Vaccination in Bombay 1869-1873 - 1869-1873
Year: 1869
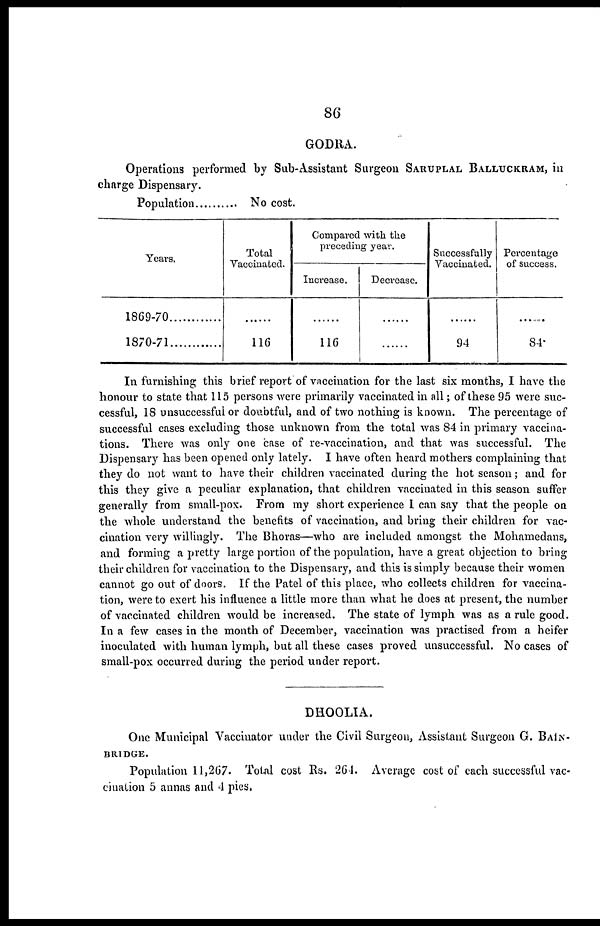
86
GODRA.
Operations performed by Sub-Assistant Surgeon SARUPLAL BALLUCKRAM, in
charge Dispensary.
Population
No cost.
Years.
1869-70
1870-71
Total
"Vaccinated.
......
116
Compared with the
preceding year.
Increase.
......
116
Decrease.
......
......
Successfully
Vaccinated.
......
94
Percentage
of success.
......
84.
In furnishing this brief report of vaccination for the last six months, I have the
honour to state that 115 persons were primarily vaccinated in all; of these 95 were suc-
cessful, 18 unsuccessful or doubtful, and of two nothing is known. The percentage of
successful cases excluding those unknown from the total was 84 in primary vaccina-
tions. There was only one case of re-vaccination, and that was successful. The
Dispensary has been opened only lately. I have often heard mothers complaining that
they do not want to have their children vaccinated during the hot season; and for
this they give a peculiar explanation, that children vaccinated in this season suffer
generally from small-pox. From my short experience I can say that the people on
the whole understand the benefits of vaccination, and bring their children for vac-
cination very willingly. The Bhoras—who are included amongst the Mohamedans,
and forming a pretty large portion of the population, have a great objection to bring
their children for vaccination to the Dispensary, and this is simply because their women
cannot go out of doors. If the Patel of this place, who collects children for vaccina-
tion, were to exert his influence a little more than what he does at present, the number
of vaccinated children would be increased. The state of lymph was as a rule good.
In a few cases in the month of December, vaccination was practised from a heifer
inoculated with human lymph, but all these cases proved unsuccessful. No cases of
small-pox occurred during the period under report.
DHOOLIA.
One Municipal Vaccinator under the Civil Surgeon, Assistant Surgeon G. BAIN-
BRIDGE.
Population 11,267. Total cost Rs. 264. Average cost of each successful vac-
cination 5 annas and 4 pies.